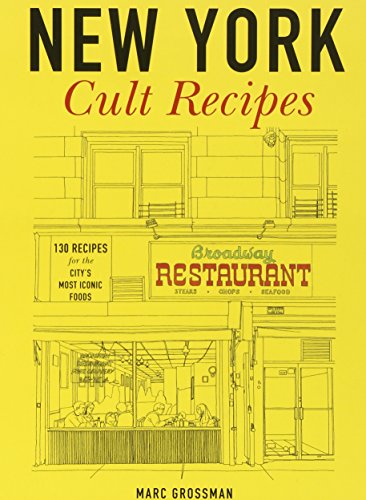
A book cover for New York Cult Recipes; Marc Grossman; Cookbooks, Food & Wine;